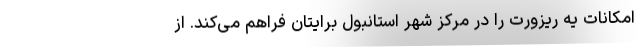
امکانات یه ریزورت را در مرکز شهر استانبول برایتان فراهم می‌کند. از